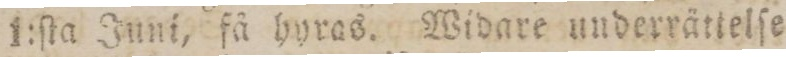
1:ſta Juni, få hyras. Widare underrättelſe